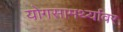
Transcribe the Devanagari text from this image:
योगसामर्थ्यावर